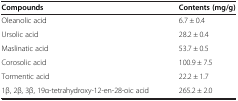
<table><thead><tr><td><b>Compounds</b></td><td><b>Contents (mg/g)</b></td></tr></thead><tbody><tr><td>Oleanolic acid</td><td>6.7 ± 0.4</td></tr><tr><td>Ursolic acid</td><td>28.2 ± 0.4</td></tr><tr><td>Maslinatic acid</td><td>53.7 ± 0.5</td></tr><tr><td>Corosolic acid</td><td>100.9 ± 7.5</td></tr><tr><td>Tormentic acid</td><td>22.2 ± 1.7</td></tr><tr><td>1β, 2β, 3β, 19α-tetrahydroxy-12-en-28-oic acid</td><td>265.2 ± 2.0</td></tr></tbody></table>